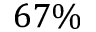
6 7 \%